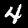
Label: 4